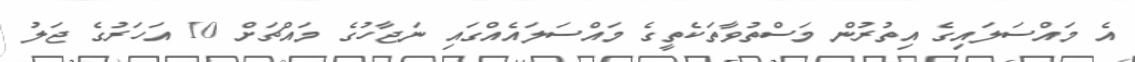
އެ މައްސަލައިގެ އިތުރުން މަސްތުވާތަކެތީގެ މައްސަލައެއްގައި ނަޖާހުގެ މައްޗަށް 10 އަހަރުގެ ޖަލު